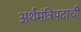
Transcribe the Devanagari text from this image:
अर्थमंत्रिपदाची